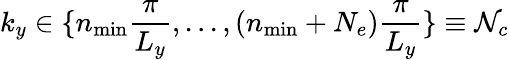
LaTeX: k_{y}\in\{ n_{\mathrm{min}}\frac{\pi}{L_{y}},...,(n_{\mathrm{min}}+N_{e})\frac{\pi}{L_{y}}\} \equiv\mathcal{N}_{c}